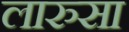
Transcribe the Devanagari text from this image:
लारुसा